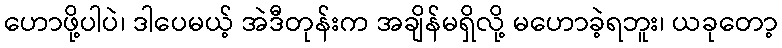
ဟောဖို့ပါပဲ၊ ဒါပေမယ့် အဲဒီတုန်းက အချိန်မရှိလို့ မဟောခဲ့ရဘူး၊ ယခုတော့